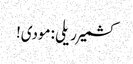
کشمیر ریلی :مودی!